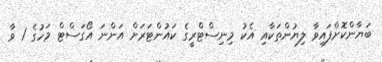
ބަޔާންކޮށްފައިވާ ލިޔުންތަކާއި އެކު މިނިސްޓްރީގެ ކައުންޓަރަށް އަންނަ އޯގަސްޓް މަހުގެ 1 ވާ